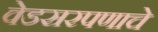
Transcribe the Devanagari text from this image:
वेडसरपणाचे